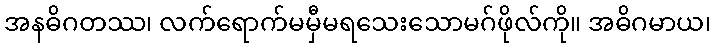
အနဓိဂတဿ၊ လက်ရောက်မမှီမရသေးသောမဂ်ဖိုလ်ကို။ အဓိဂမာယ၊